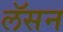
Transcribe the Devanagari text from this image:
लॅसन